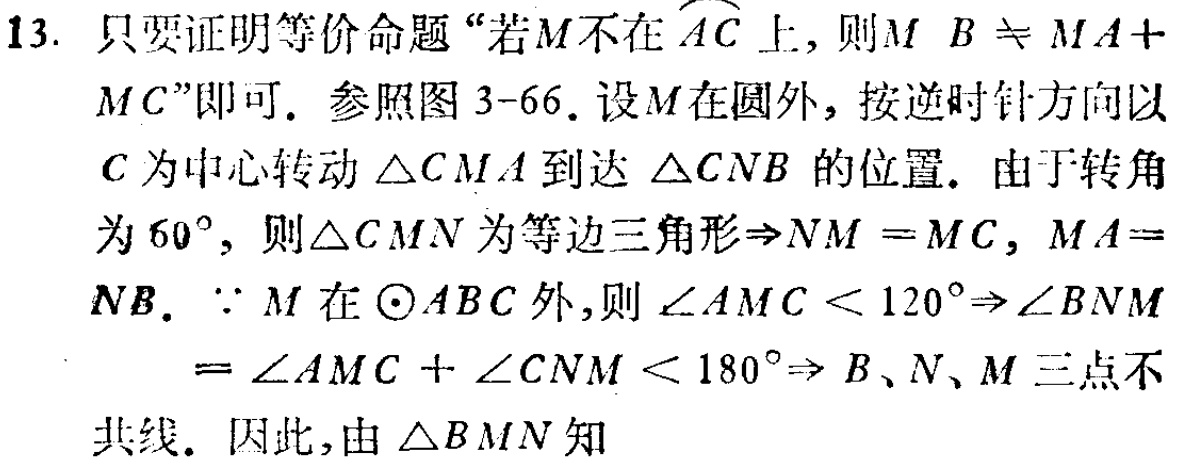
13. 只要证明等价命题“若\(M\)不在\(\overset{\frown}{AC}\)上，则\(MB\neq MA + MC\)”即可. 参照图3-66. 设\(M\)在圆外，按逆时针方向以\(C\)为中心转动\(\triangle CMA\)到达\(\triangle CNB\)的位置. 由于转角为\(60^{\circ}\)，则\(\triangle CMN\)为等边三角形\(\Rightarrow NM = MC\)，\(MA = NB\). \(\because M\)在\(\odot ABC\)外，则\(\angle AMC<120^{\circ}\Rightarrow\angle BNM=\angle AMC+\angle CNM<180^{\circ}\Rightarrow B、N、M\)三点不共线. 因此，由\(\triangle BMN\)知